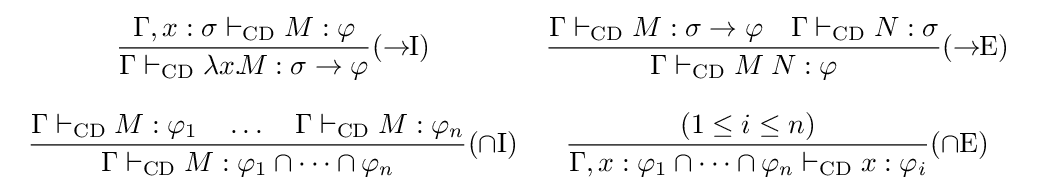
{\begin{array}{cc}{\dfrac {\Gamma ,x:\sigma \vdash _{\text{CD}}M:\varphi }{\Gamma \vdash _{\text{CD}}\lambda x.\!M:\sigma \to \varphi }}(\to \!\!{\text{I}})&{\dfrac {\Gamma \vdash _{\text{CD}}M:\sigma \to \varphi \quad \Gamma \vdash _{\text{CD}}N:\sigma }{\Gamma \vdash _{\text{CD}}M\;N:\varphi }}(\to \!\!{\text{E}})\\\\{\dfrac {\Gamma \vdash _{\text{CD}}M:\varphi _{1}\quad \ldots \quad \Gamma \vdash _{\text{CD}}M:\varphi _{n}}{\Gamma \vdash _{\text{CD}}M:\varphi _{1}\cap \cdots \cap \varphi _{n}}}(\cap {\text{I}})&{\dfrac {(1\leq i\leq n)}{\Gamma ,x:\varphi _{1}\cap \cdots \cap \varphi _{n}\vdash _{\text{CD}}x:\varphi _{i}}}(\cap {\text{E}})\end{array}}